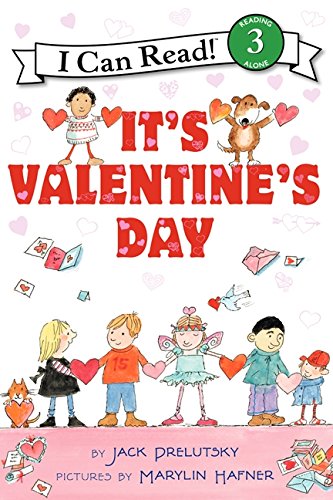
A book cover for It's Valentine's Day (I Can Read Level 3); Jack Prelutsky; Children's Books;